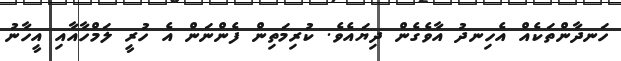
ހަނދާންތަކެއް އެހިނދު އާވެގެން ދިޔައެވެ. ކުރިމަތިން ފެންނަން އެ ހުރީ ލަމްހާއާއި އީހާނު